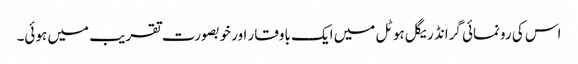
اس کی رونمائی گرانڈ ریگل ہوٹل میں ایک باوقار اور خوبصورت تقریب میں ہوئی۔